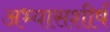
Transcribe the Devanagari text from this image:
अभ्यासशीर्ष